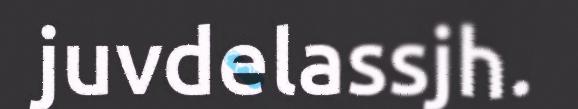
juvdelassjh.